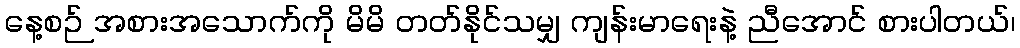
နေ့စဉ် အစားအသောက်ကို မိမိ တတ်နိုင်သမျှ ကျန်းမာရေးနဲ့ ညီအောင် စားပါတယ်၊